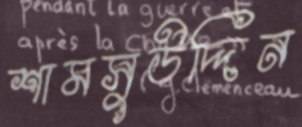
শামসুউদ্দিন